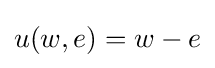
u(w,e)=w-e